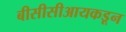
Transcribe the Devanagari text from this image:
बीसीसीआयकडून